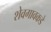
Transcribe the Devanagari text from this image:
शेवगावकडे